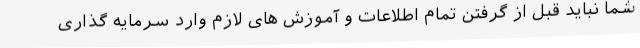
شما نباید قبل از گرفتن تمام اطلاعات و آموزش های لازم وارد سرمایه گذاری